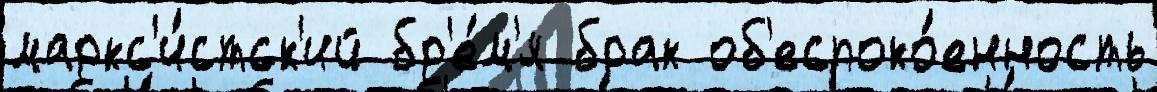
маркс'и́стск'ий бр'е́м'я брак об'еспоко́енность